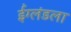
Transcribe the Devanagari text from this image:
ईंग्लंडला